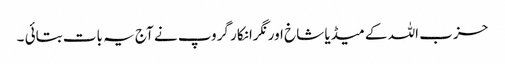
حزب اللہ کے میڈیا شاخ اور نگرانکار گروپ نے آج یہ بات بتائی ۔